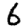
Digit: 6